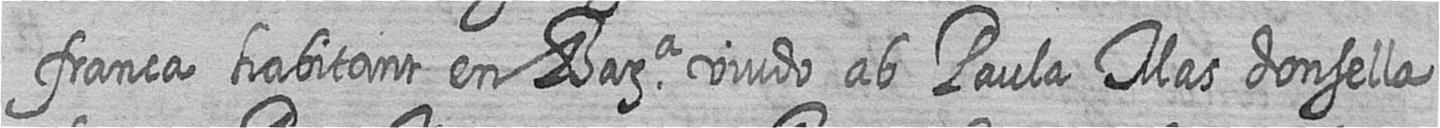
franca habitant en Bara viudo ab Paula Mas donsella